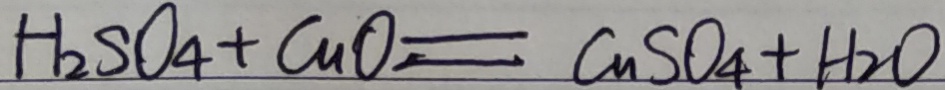
H _ { 2 } S O _ { 4 } + C u O _ { 4 } + H _ { 2 } O